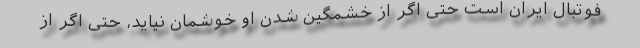
فوتبال ایران است حتی اگر از خشمگین شدن او خوشمان نیاید، حتی اگر از